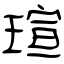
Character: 瑄